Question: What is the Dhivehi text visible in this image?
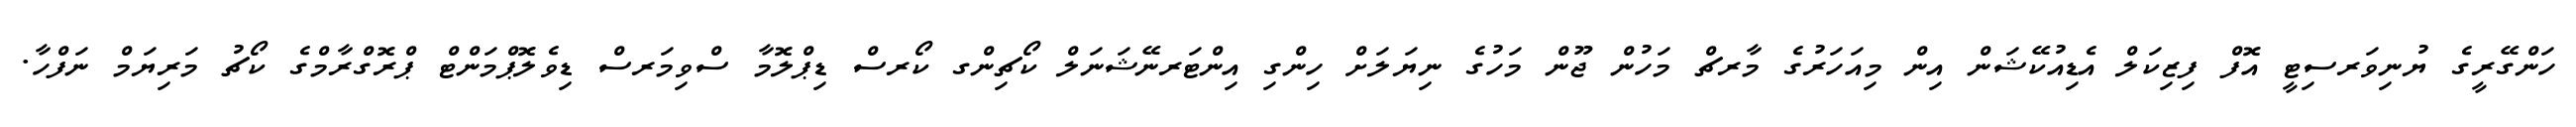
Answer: ހަންގޭރީގެ ޔުނިވަރސިޓީ އޮފް ފިޒިކަލް އެޑިއުކޭޝަން އިން މިއަހަރުގެ މާރޗް މަހުން ޖޫން މަހުގެ ނިޔަލަށް ހިންގި އިންޓަރނޭޝަނަލް ކޯޗިންގ ކޯރސް ޑިޕްލޮމާ ސްވިމަރސް ޑިވެލޮޕްމަންޓް ޕްރޮގްރާމްގެ ކޯޗު މަރިޔަމް ނަފްހާ.